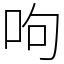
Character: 呴